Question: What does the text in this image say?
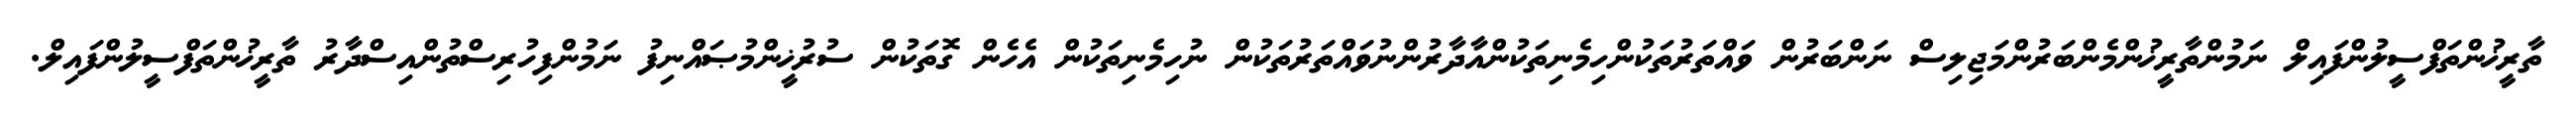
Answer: ތާރީޚުންތަފްސީލުންފައިލް ނަމުންތާރީޚުންމެންބަރުންމަޖިލިސް ނަންބަރުން ވައްތަރުތަކުންހިމެނިތަކުންއާދާރުންނުވައްތަރުތަކުން ނުހިމެނިތަކުން އެހެން ގޮތަކުން ސުރުޚީންމުޞައްނިފު ނަމުންފިހުރިސްތުންއިސްދާރު ތާރީޚުންތަފްސީލުންފައިލް.